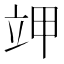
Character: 𰣄